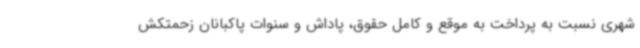
شهری نسبت به پرداخت به موقع و کامل حقوق، پاداش و سنوات پاکبانان زحمتکش